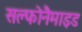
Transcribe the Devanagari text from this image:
सल्फोनैमाइड